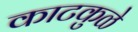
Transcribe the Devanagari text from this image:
काटकुळे